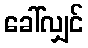
ခေါ်လျှင်